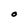
Character: O